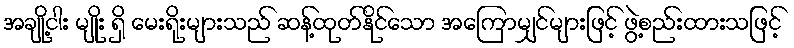
အချို့ငါး မျိုး ရှိ မေးရိုးများသည် ဆန့်ထုတ်နိုင်သော အကြောမျှင်များဖြင့် ဖွဲ့စည်းထားသဖြင့်